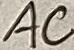
Text: ac